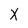
Character: X